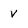
Character: V